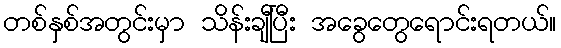
တစ်နှစ်အတွင်းမှာ သိန်းချီပြီး အခွေတွေရောင်းရတယ်။